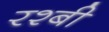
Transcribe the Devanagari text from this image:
रश्बी